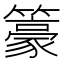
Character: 籇